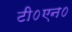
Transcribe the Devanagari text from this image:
टी०एन०